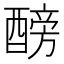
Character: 𨢐